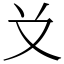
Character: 𠬠